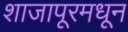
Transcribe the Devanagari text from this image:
शाजापूरमधून